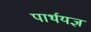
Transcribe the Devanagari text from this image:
पार्थयज्ञ